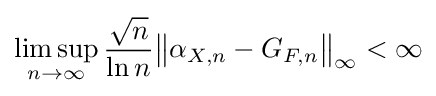
\limsup _{n\to \infty }{\frac {\sqrt {n}}{\ln n}}{\big \|}\alpha _{X,n}-G_{F,n}{\big \|}_{\infty }<\infty